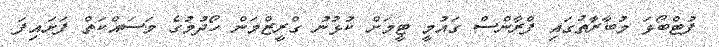
ފުޓްބޯޅަ މުބާރާތުގައި ފްރާންސް ގައުމީ ޓީމަށް ކުޅުނު ގްރީޒްމަން ހޯދުމުގެ މަސައްކަތް ފަށައިފަ